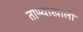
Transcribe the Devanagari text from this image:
ताप्प्याखाली